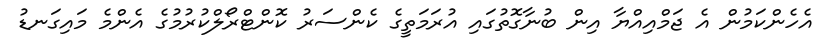
އެހެންކަމުން އެ ޖަމްއިއްޔާ އިން ބުނާގޮތުގައި އުރަމަތީގެ ކެންސަރު ކޮންޓްރޯލްކުރުމުގެ އެންމެ މައިގަނޑު